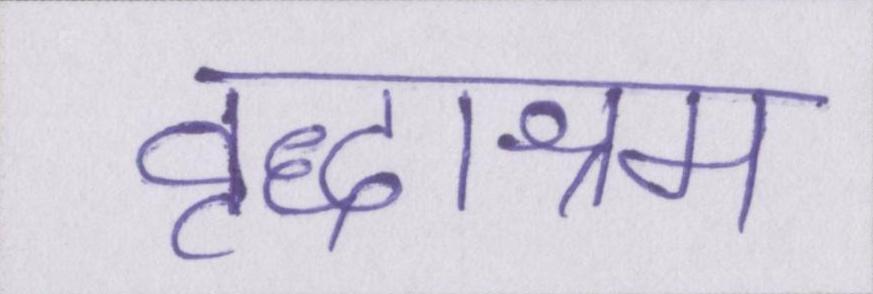
वृद्धाश्रम